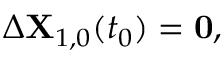
\begin{array} { r } { \Delta \mathbf { X } _ { 1 , 0 } ( t _ { 0 } ) = \mathbf { 0 } , } \end{array}